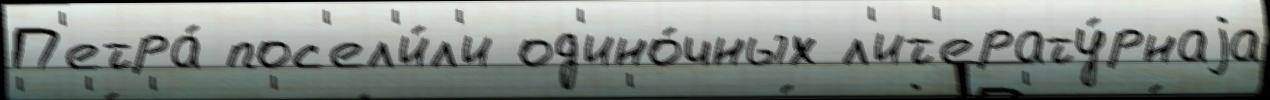
П'етра́ пос'ел'и́л'и од'ино́чных л'ит'ерату́рнаjа